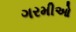
ગરમીઓ